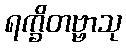
ရက္ခိတဗ္ဗာသု